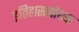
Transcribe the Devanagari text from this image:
इतिहासशोधक